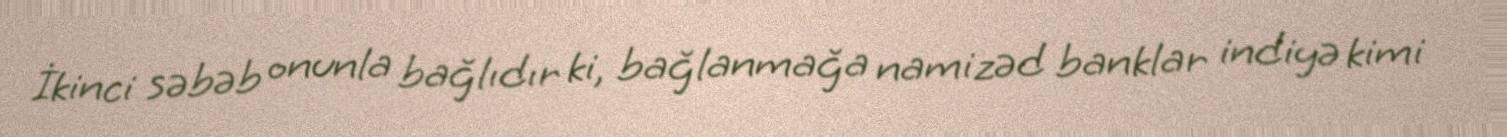
İkinci səbəb onunla bağlıdır ki, bağlanmağa namizəd banklar indiyə kimi